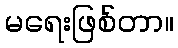
မရေးဖြစ်တာ။